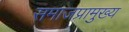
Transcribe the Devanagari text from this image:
समाजप्रामुख्य